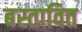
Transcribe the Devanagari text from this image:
बस्तावित